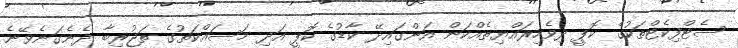
ސެޓްފިކެޓްތަކުގެ ކޮޕީ ދިވެހިރައްޔިތެއްކަން އަންގައިދޭ ކާޑުގެ ކޮޕީ އަދި މަސައްކަތުގެ ތަޖުރިބާ ދެނެގަނެވޭނެ